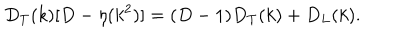
D _ { T } ( k ) [ D - \eta ( k ^ { 2 } ) ] = ( D - 1 ) D _ { T } ( k ) + D _ { L } ( k ) .